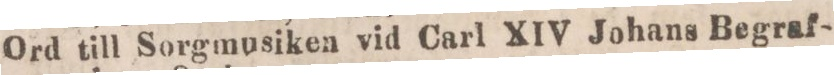
Ord till Sorgmusiken vid Carl XIV Johans Begraf-